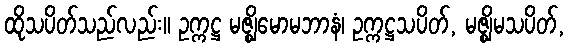
ထိုသပိတ်သည်လည်း။ ဥက္ကဋ္ဌ မဇ္ဈိမောမဘာနံ၊ ဥက္ကဋ္ဌသပိတ်, မဇ္ဈိမသပိတ်,